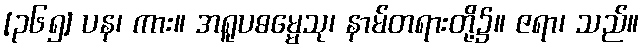
[၃၆၅] ပန၊ ကား။ အရူပဓမ္မေသု၊ နာမ်တရားတို့၌။ ဇရာ၊ သည်။